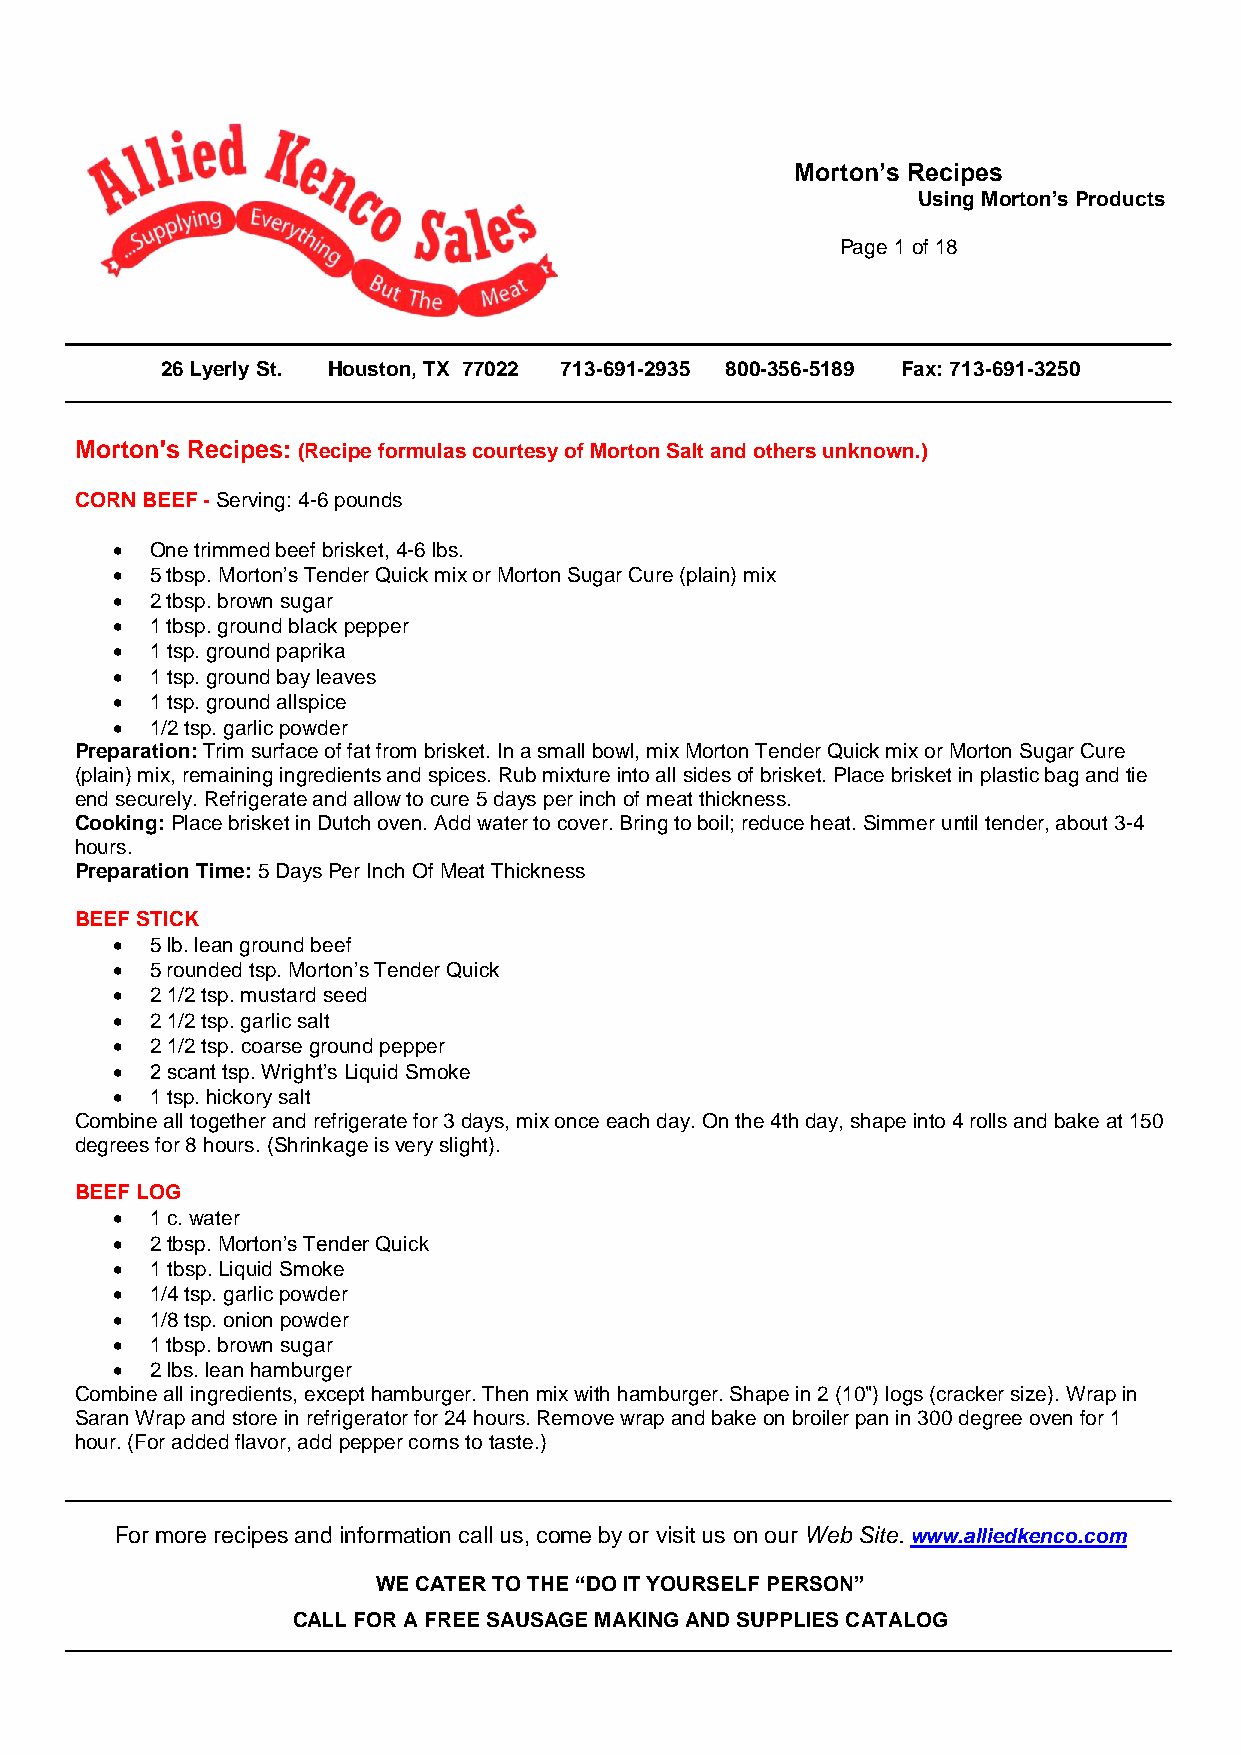
Morton’s Recipes
 Using Morton’s Products
 Page 1 of 18
 26 Lyerly St. Houston, TX 77022 713-691-2935 800-356-5189 Fax: 713-691-3250
 Morton's Recipes: (Recipe formulas courtesy of Morton Salt and others unknown.)
 CORN BEEF - Serving: 4-6 pounds
   One trimmed beef brisket, 4-6 lbs.
   5 tbsp. Morton’s Tender Quick mix or Morton Sugar Cure (plain) mix
   2 tbsp. brown sugar
   1 tbsp. ground black pepper
   1 tsp. ground paprika
   1 tsp. ground bay leaves
   1 tsp. ground allspice
   1/2 tsp. garlic powder
 Preparation: Trim surface of fat from brisket. In a small bowl, mix Morton Tender Quick mix or Morton Sugar Cure
 (plain) mix, remaining ingredients and spices. Rub mixture into all sides of brisket. Place brisket in plastic bag and tie
 end securely. Refrigerate and allow to cure 5 days per inch of meat thickness.
 Cooking: Place brisket in Dutch oven. Add water to cover. Bring to boil; reduce heat. Simmer until tender, about 3-4
 hours.
 Preparation Time: 5 Days Per Inch Of Meat Thickness
 BEEF STICK
   5 lb. lean ground beef
   5 rounded tsp. Morton’s Tender Quick
   2 1/2 tsp. mustard seed
   2 1/2 tsp. garlic salt
   2 1/2 tsp. coarse ground pepper
   2 scant tsp. Wright’s Liquid Smoke
   1 tsp. hickory salt
 Combine all together and refrigerate for 3 days, mix once each day. On the 4th day, shape into 4 rolls and bake at 150
 degrees for 8 hours. (Shrinkage is very slight).
 BEEF LOG
   1 c. water
   2 tbsp. Morton’s Tender Quick
   1 tbsp. Liquid Smoke
   1/4 tsp. garlic powder
   1/8 tsp. onion powder
   1 tbsp. brown sugar
   2 lbs. lean hamburger
 Combine all ingredients, except hamburger. Then mix with hamburger. Shape in 2 (10") logs (cracker size). Wrap in
 Saran Wrap and store in refrigerator for 24 hours. Remove wrap and bake on broiler pan in 300 degree oven for 1
 hour. (For added flavor, add pepper corns to taste.)
 For more recipes and information call us, come by or visit us on our Web Site. www.alliedkenco.com
 WE CATER TO THE “DO IT YOURSELF PERSON”
 CALL FOR A FREE SAUSAGE MAKING AND SUPPLIES CATALOG